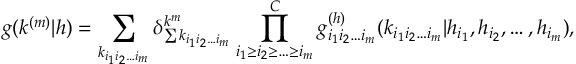
g ( k ^ { ( m ) } | h ) = \sum _ { k _ { i _ { 1 } i _ { 2 } \ldots i _ { m } } } \delta _ { \sum { k _ { i _ { 1 } i _ { 2 } \ldots i _ { m } } } } ^ { k ^ { m } } \prod _ { i _ { 1 } \geq i _ { 2 } \geq \ldots \geq i _ { m } } ^ { C } g _ { i _ { 1 } i _ { 2 } \ldots i _ { m } } ^ { ( h ) } ( k _ { i _ { 1 } i _ { 2 } \ldots i _ { m } } | h _ { i _ { 1 } } , h _ { i _ { 2 } } , \ldots , h _ { i _ { m } } ) ,